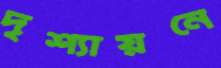
দৃশ্যায়নে